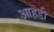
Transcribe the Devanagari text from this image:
आहडी